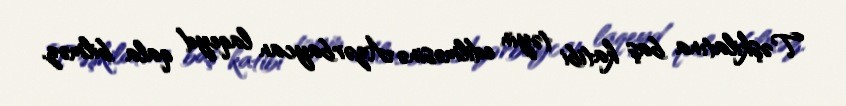
Təşkilatına baş katibi təyin edilməsinə Azərbaycan laqeyd qala bilməz.